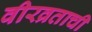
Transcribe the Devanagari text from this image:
वीरव्रताची